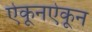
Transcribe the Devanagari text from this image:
ऐकूनऐकून